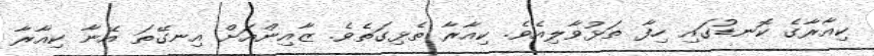
ކިއާރާގެ ކޮނޑުގައި ހިފާ ތަޅުވާލިއެވެ. ކިއާރާ ތެޅިގަތެވެ. ޒާއިންއަށް އިނގޭތަ އޭނާ ކިއާރާ